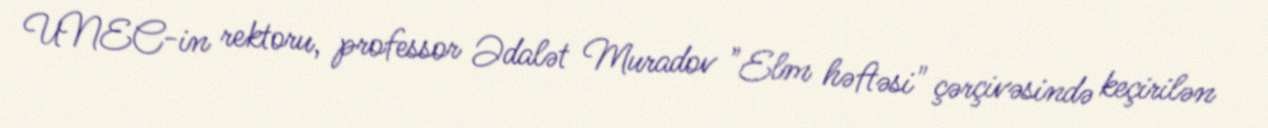
UNEC-in rektoru, professor Ədalət Muradov "Elm həftəsi" çərçivəsində keçirilən